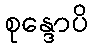
စုန္ဒောပိ